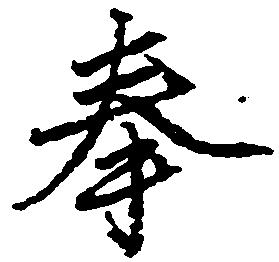
奉